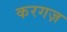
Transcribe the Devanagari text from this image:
करगज़